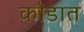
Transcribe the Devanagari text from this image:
कोडात